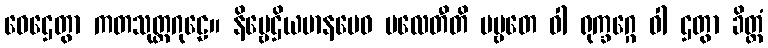
ဝေဌေတွာ ကတသုတ္တဂုဠေ။ နိဗ္ဗေဌိယမာနမေဝ ပလေတီတိ ပဗ္ဗတေ ဝါ ရုက္ခဂ္ဂေ ဝါ ဌတွာ ခိတ္တံ